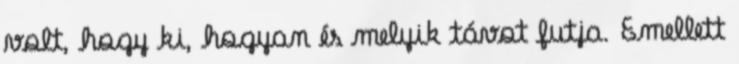
volt, hogy ki, hogyan és melyik távot futja. Emellett